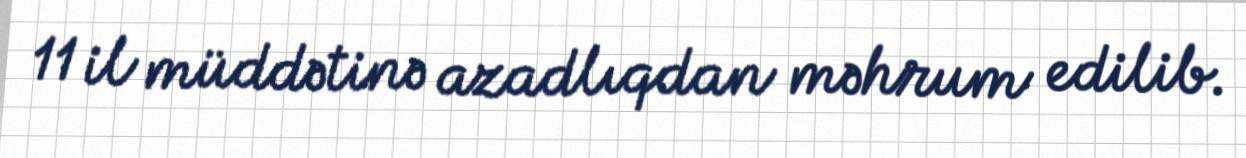
11 il müddətinə azadlıqdan məhrum edilib.